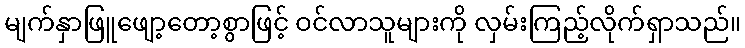
မျက်နှာဖြူဖျော့တော့စွာဖြင့် ဝင်လာသူများကို လှမ်းကြည့်လိုက်ရှာသည်။